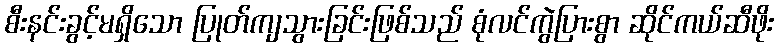
စီးနင်းခွင့်မရှိသော ပြုတ်ကျသွားခြင်းဖြစ်သည် စုံလင်ကွဲပြားစွာ ဆိုင်ကယ်ဆီဖိုး